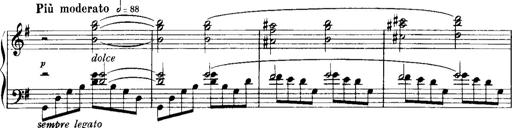
Title: Historische ungarische Bildnisse
Composer: Franz Liszt